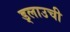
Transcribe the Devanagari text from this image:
ड्लाउची